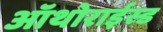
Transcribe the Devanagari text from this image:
ऑथोराईस्ड